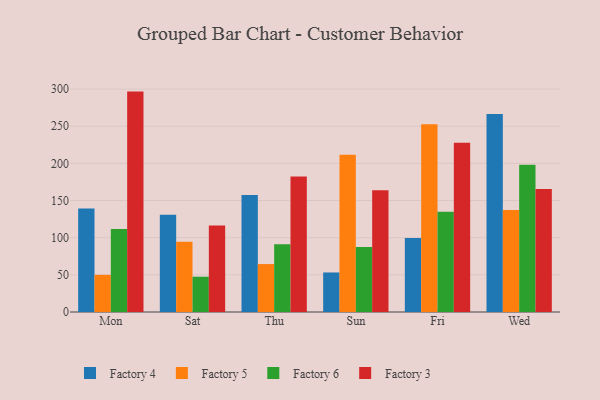
{"axis": {"x": "Day", "y": "Population (Million)"}, "legend": ["Factory 3", "Factory 4", "Factory 5", "Factory 6"], "data": [{"x": "Mon", "y": 139.4, "type": "Factory 4"}, {"x": "Mon", "y": 50.0, "type": "Factory 5"}, {"x": "Mon", "y": 111.8, "type": "Factory 6"}, {"x": "Mon", "y": 296.6, "type": "Factory 3"}, {"x": "Sat", "y": 131.0, "type": "Factory 4"}, {"x": "Sat", "y": 94.4, "type": "Factory 5"}, {"x": "Sat", "y": 47.5, "type": "Factory 6"}, {"x": "Sat", "y": 116.3, "type": "Factory 3"}, {"x": "Thu", "y": 157.4, "type": "Factory 4"}, {"x": "Thu", "y": 64.5, "type": "Factory 5"}, {"x": "Thu", "y": 91.1, "type": "Factory 6"}, {"x": "Thu", "y": 182.5, "type": "Factory 3"}, {"x": "Sun", "y": 53.2, "type": "Factory 4"}, {"x": "Sun", "y": 211.7, "type": "Factory 5"}, {"x": "Sun", "y": 87.6, "type": "Factory 6"}, {"x": "Sun", "y": 163.8, "type": "Factory 3"}, {"x": "Fri", "y": 99.6, "type": "Factory 4"}, {"x": "Fri", "y": 252.6, "type": "Factory 5"}, {"x": "Fri", "y": 134.9, "type": "Factory 6"}, {"x": "Fri", "y": 227.6, "type": "Factory 3"}, {"x": "Wed", "y": 266.5, "type": "Factory 4"}, {"x": "Wed", "y": 137.3, "type": "Factory 5"}, {"x": "Wed", "y": 198.1, "type": "Factory 6"}, {"x": "Wed", "y": 165.5, "type": "Factory 3"}]}